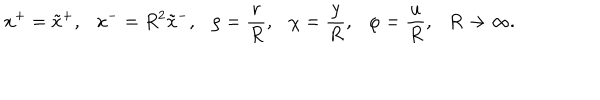
LaTeX: x ^ { + } = \tilde { x } ^ { + } , x ^ { - } = R ^ { 2 } \tilde { x } ^ { - } , \rho = { \frac { r } { R } } , \chi = { \frac { y } { R } } , \varphi = { \frac { u } { R } } , R \rightarrow \infty .